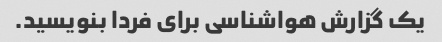
یک گزارش هواشناسی برای فردا بنویسید.